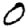
Digit: 0